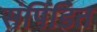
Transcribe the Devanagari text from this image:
संपिंडित